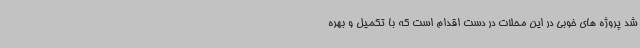
شد پروژه های خوبی در این محلات در دست اقدام است که با تکمیل و بهره